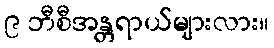
၉ ဘီစီအန္တရာယ်များလား။